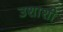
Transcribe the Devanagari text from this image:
उशाशी